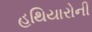
હથિયારોની